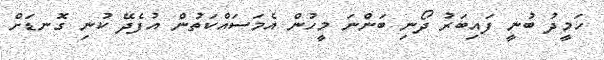
ހަމީދު ބުނީ ފައިބަރު ދޯނި ބަންނަ މީހުން އެމަސައްކަތުން އުފެދޭ ކުނި ގޮނޑަށް